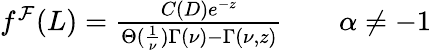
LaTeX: \begin{array}{r}{f^{\mathcal{F}}(L)=\frac{C(D)e^{-z}}{\Theta(\frac{1}{\nu})\Gamma\left(\nu\right)-\Gamma\left(\nu,z\right)}\qquad\alpha\neq-1\ }\end{array}